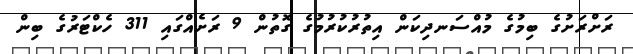
ރަށްރަށުގެ ބިމުގެ މުއްސަނދިކަން އިތުރުކުރުމުގެ ގޮތުން 9 ރަށެއްގައި 311 ހެކްޓަރުގެ ބިން